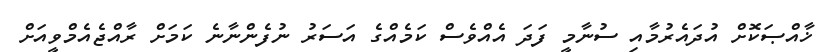
ޚާއްޞަކޮށް އުދައެރުމާއި ސުނާމީ ފަދަ އެއްވެސް ކަމެއްގެ އަސަރު ނުފެންނާނެ ކަމަށް ރާއްޖެއެމްވީއަށް